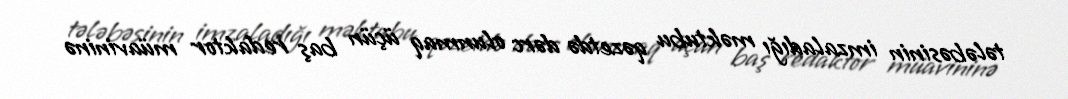
tələbəsinin imzaladığı məktubu qəzetdə dərc olunmaq üçün baş redaktor müavininə